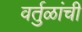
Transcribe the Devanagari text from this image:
वर्तुळांची